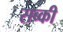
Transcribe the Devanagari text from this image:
सब्की